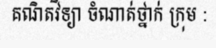
គណិតវិទ្យា ចំណាត់ថ្នាក់ ក្រុម :